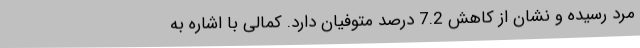
مرد رسیده و نشان از کاهش 7.2 درصد متوفیان دارد. کمالی با اشاره به